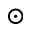
\odot